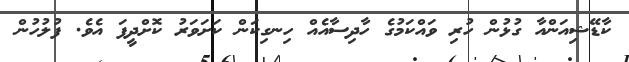
ކާޑޭޝިއަންއާ ގުޅުން ހުރި ވައްކަމުގެ ހާދިސާއެއް ހިނގިކަން ކަށަވަރު ކޮށްދީފަ އެވެ. ފުލުހުން